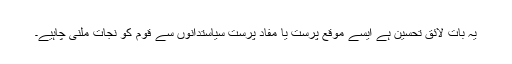
یہ بات لائق تحسین ہے ایسے موقع پرست یا مفاد پرست سیاستدانوں سے قوم کو نجات ملنی چاہیے۔